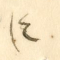
٤)